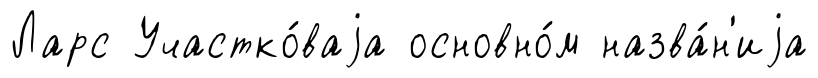
Ларс Участко́ваjа основно́м назва́н'иjа